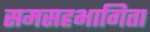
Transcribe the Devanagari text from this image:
समसहभागिता